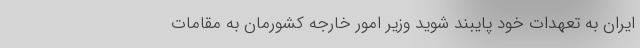
ایران به تعهدات خود پایبند شوید وزیر امور خارجه کشورمان به مقامات